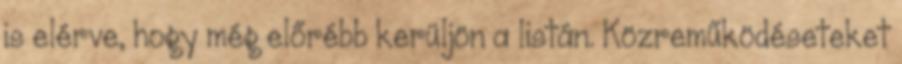
is elérve, hogy még előrébb kerüljön a listán. Közreműködéseteket